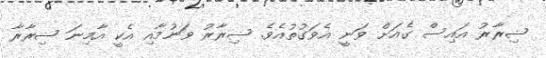
ޟިރާރު އައިސް ގެއަށް ވަނީ އެވަގުތުއެވެ. ޟިރާރު ވަނުމާއި އެކީ އާމިނަ ޟިރާރާ